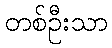
တစ်ဦးသာ